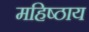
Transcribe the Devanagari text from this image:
महिष्ठाय